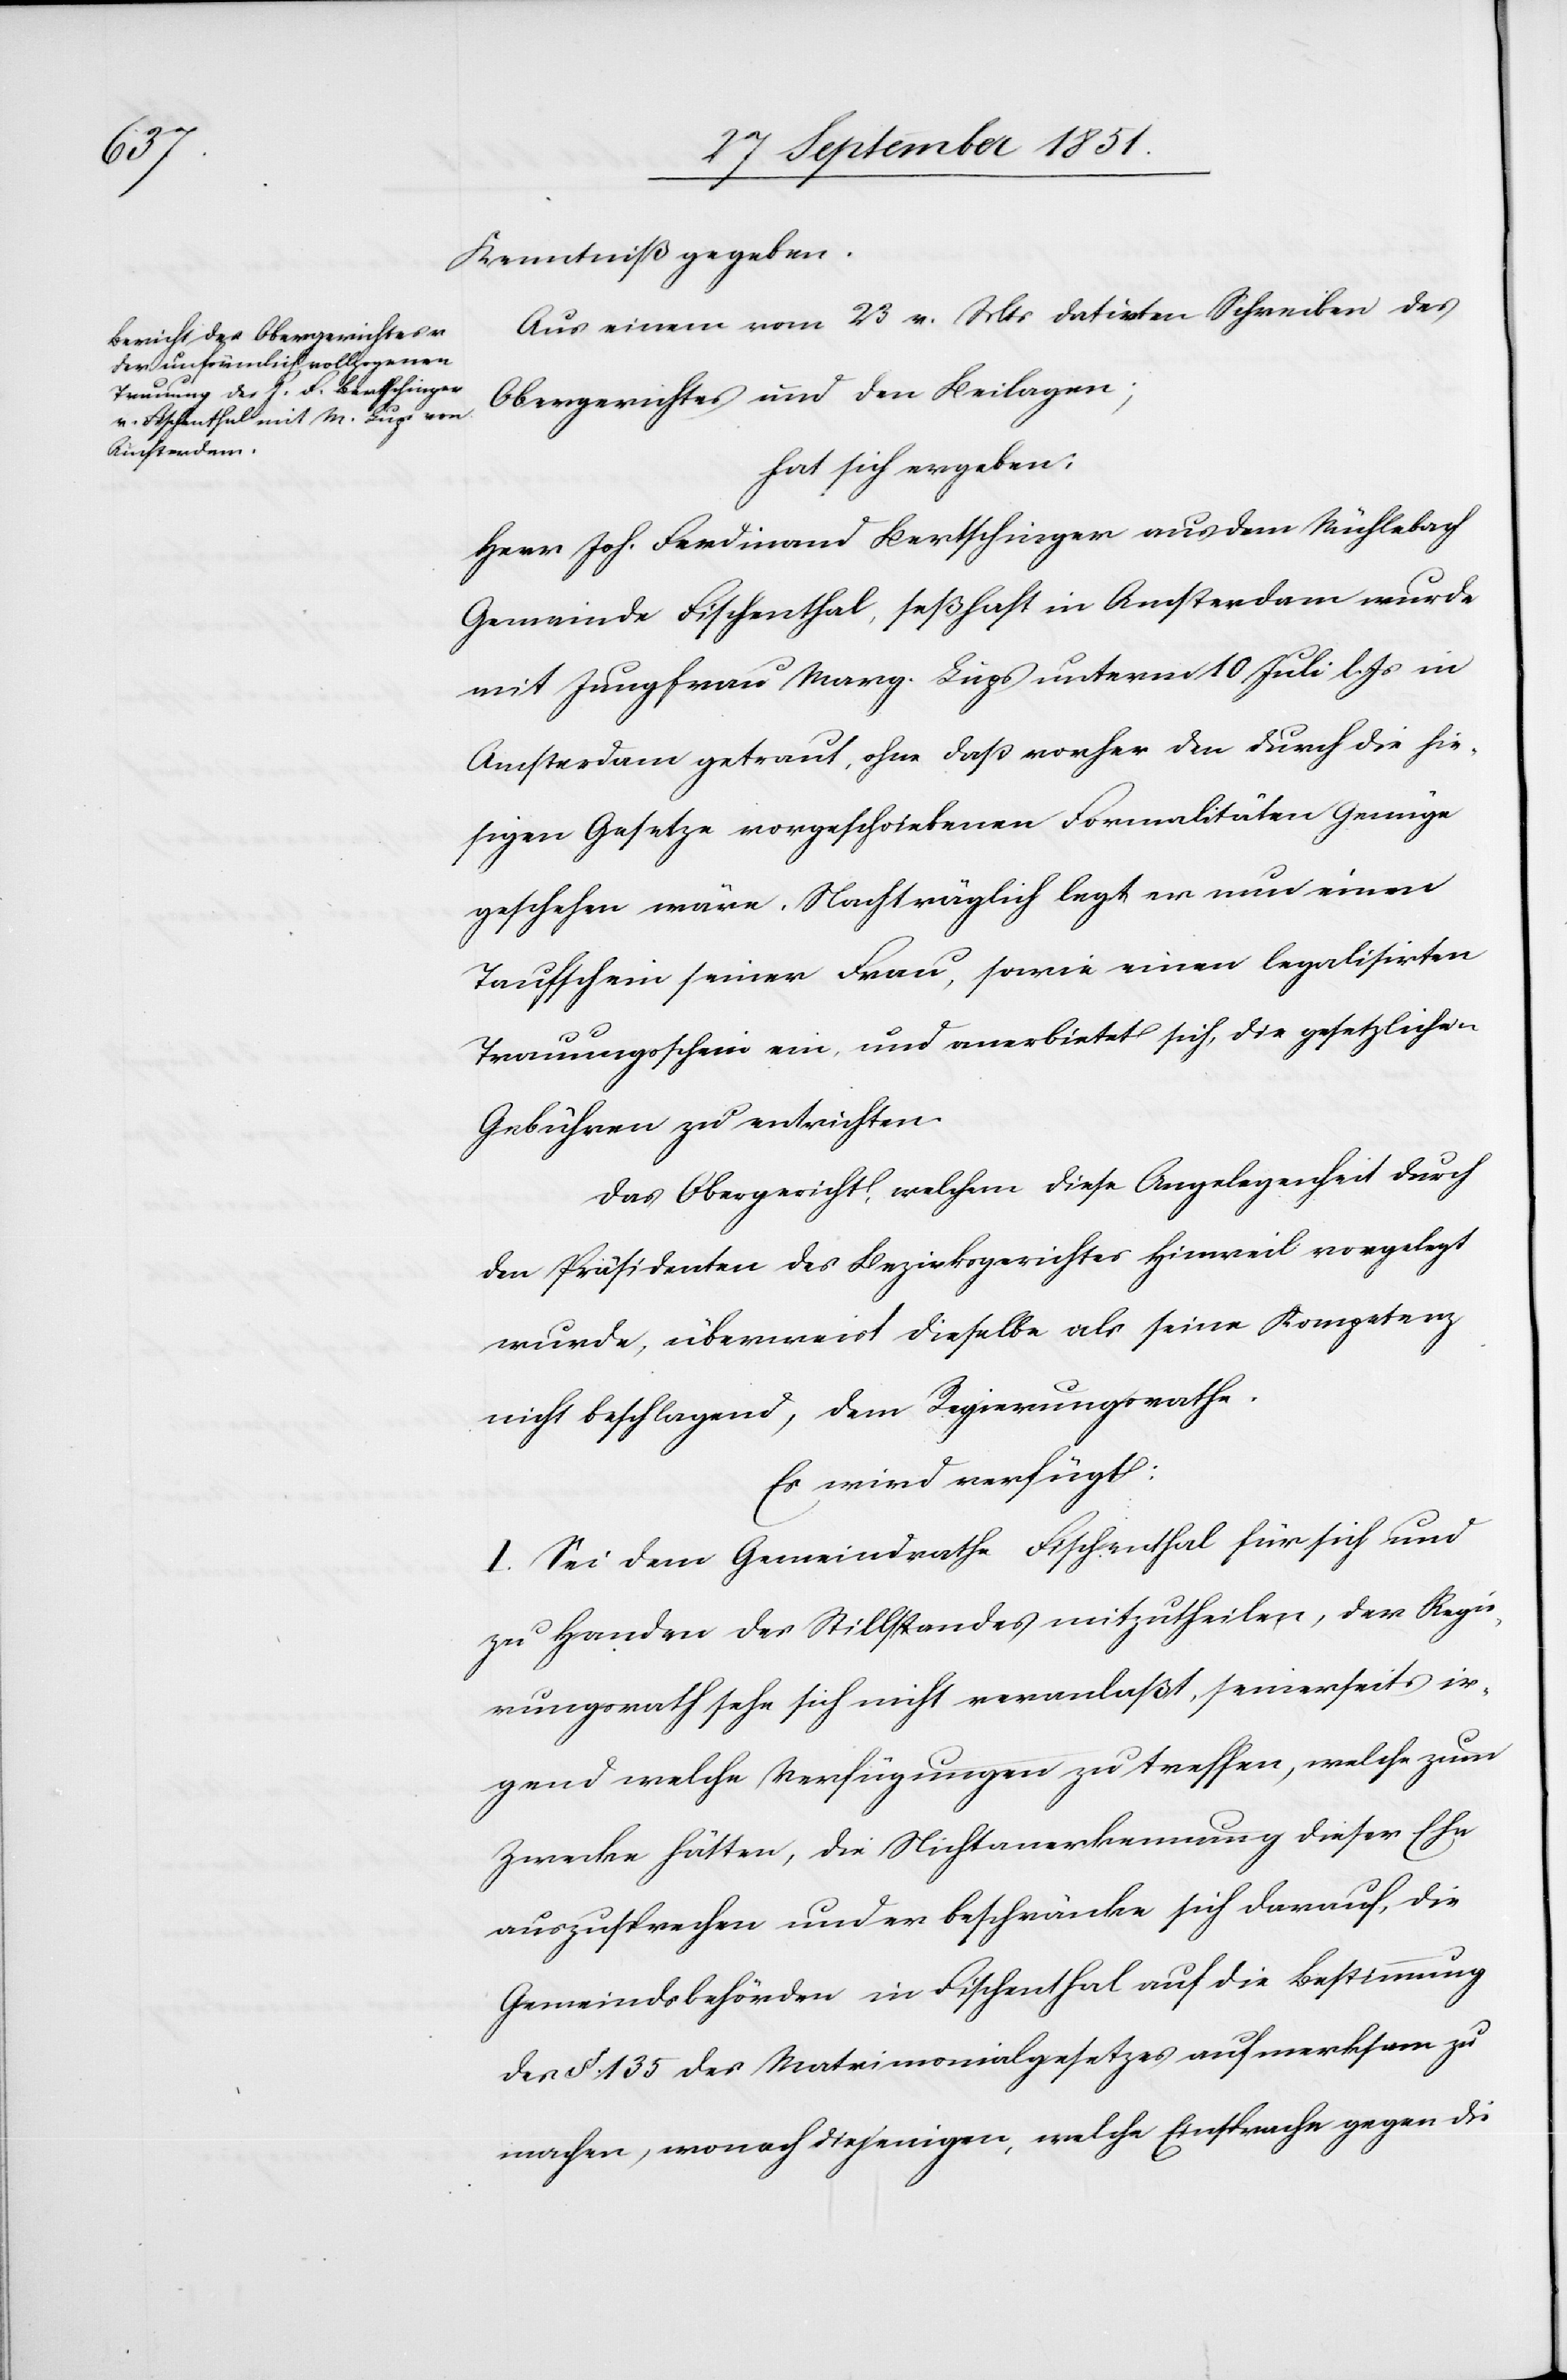
Kenntniß gegeben.
Aus einem vom 23 v. Mts datirten Schreiben des
Obergerichtes und den Beilagen;
hat sich ergeben:
Herr Joh. Ferdinand Bertschinger aus dem Mühlebach
Gemeinde Fischenthal, seßhaft in Amsterdam wurde
mit Jungfrau Marg. Lups unterm 10 Juli l. Js in
Amsterdam getraut, ohne daß vorher den durch die hie¬
sigen Gesetze vorgeschriebenen Formalitäten Genüge
geschehen wäre. Nachträglich legt er nun einen
Taufschein seiner Frau, sowie einen legalisirten¬
Trauungsschein ein, und anerbietet sich, die gesetzlichen
Gebühren zu entrichten.
Das Obergericht, welchem diese Angelegenheit durch
den Präsidenten des Bezirksgerichtes Hinweil vorgelegt
wurde, überweist dieselbe als seine Kompetenz
nicht beschlagend, dem Regierungsrathe.
Es wird verfügt:
I. Sei dem Gemeindrathe Fischenthal für sich und
zu Handen des Stillstandes mitzutheilen, der Regie¬
rungsrath sehe sich nicht veranlaßt, seinerseits ir¬
gend welche Verfügungen zu treffen, welche zum
Zwecke hätten, die Nichtanerkennung dieser Ehe
auszusprechen und er beschränke sich darauf, die
Gemeindsbehörden in Fischenthal auf die Bestimmung
des §. 135 des Matrimonialgesetzes aufmerksam zu
machen, wonach diejenigen, welche Einsprache gegen die